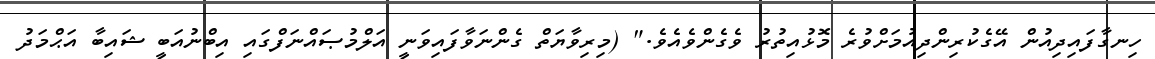
ހިނގާފައިދިއުން އޭގެކުރިންދިއުމަށްވުރެ މޮޅުއިތުރު ވެގެންވެއެވެ." (މިރިވާޔަތް ގެންނަވާފައިވަނީ އަލްމުޞައްނަފްގައި އިބްނުއަބީ ޝައިބާ އަޙްމަދު